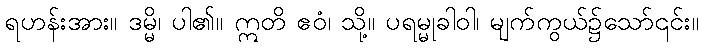
ရဟန်းအား။ ဒမ္မိ၊ ပါ၏။ ဣတိ ဧဝံ၊ သို့။ ပရမ္မုခါဝါ၊ မျက်ကွယ်၌သော်၎င်း။